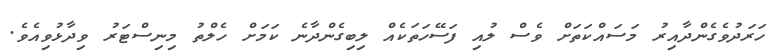
ހަރަދުވެގެންދާއިރު މަސައްކަތަށް ވެސް ލުއި ފަސޭހަތަކެއް ލިބިގެންދާނެ ކަމަށް ހެލްތު މިނިސްޓަރު ވިދާޅުވިއެވެ.